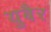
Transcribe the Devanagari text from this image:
युबैर